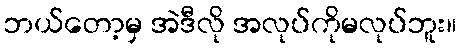
ဘယ်တော့မှ အဲဒီလို အလုပ်ကိုမလုပ်ဘူး။